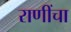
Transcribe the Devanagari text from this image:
राणींचा